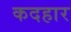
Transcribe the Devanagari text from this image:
कदहार